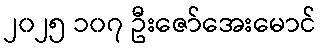
၂၀၂၅ ၁၀၇ ဦးဇော်အေးမောင်